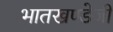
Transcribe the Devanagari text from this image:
भातखण्डेजी